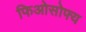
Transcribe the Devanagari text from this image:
फिओसोफ्य